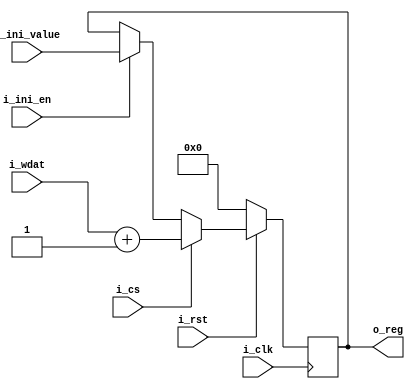
//////////////////////////////////////////////////////////////////////////////////
// Company       :                                                                   
// Engineer      :                                         
// Create Date   :                                              
// Design Name   :                                                                   
// Module Name   : reg_rw_v1_0.v                                                   
// Project Name  :                                                                  
// Target Devices:                                                                
// Tool Versions :                                                                 
// Description   :                                                                 
// Dependencies  :                                                                  
// Revision 1.0 - File Created                                                    
// Additional Comments:                                                           
//////////////////////////////////////////////////////////////////////////////////
`timescale 1ns/1ns

module reg_rw_v1_0(
    input                i_clk       
   ,input                i_rst 
   ,input                i_ini_en      
   ,output  reg [7:0]    o_reg       
   ,input                i_cs         
   ,input       [7:0]    i_ini_value         
   ,input       [7:0 ]   i_wdat              
   );
    
    always @ (posedge i_clk) begin
      if(i_rst == 1'b0) begin
         o_reg <= 1'b0;
      end
      else if(i_cs == 1'b1) begin //
         o_reg[7:0]   <= i_wdat[7:0]+1'b1  ;//
      end
      else if(i_ini_en == 1'b1)begin
         o_reg  <= i_ini_value; //
      end
      else begin               
      	o_reg  <= o_reg  ; //
      end                             
    end  
    
endmodule

// always @(q_reset or q_add or q_reg ) begin
//    case ({q_reset,q_add})
//       2'b00:begin
//          q_next <= q_reg;
//       end
//       2'b01:begin
//          q_next <= q_reg + 1'b1;
//       end
//       default:begin
//          q_next <= 32'd0;
//       end
//    endcase
// end